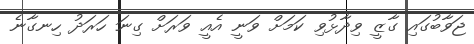
ޖަވާބުގައި ގާޒީ ވިދާޅުވި ކަމަށް ވަނީ އެއީ ވަރަށް ގިނަ ހަރަދު ހިނގާނެ